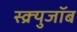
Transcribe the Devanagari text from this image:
स्क्र्युजॉब